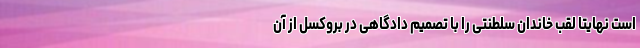
است نهایتا لقب خاندان سلطنتی را با تصمیم دادگاهی در بروکسل از آن